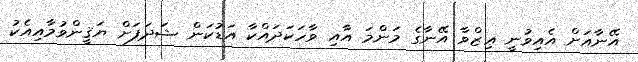
އޭނާއަށް އެއިވުނީ ޢިޒްވާ އޭނާގެ މަންމަ އާއި ވާހަކަދައްކާ އަޑުކަން ޝަދަފަށް ޔަޤީންވުމާއިއެކު